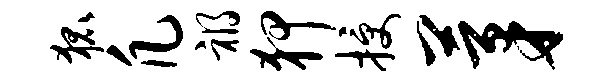
狐凡祸狎授茅